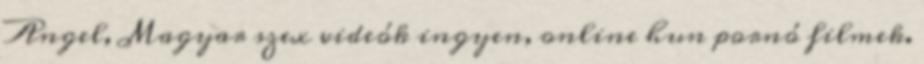
Angel, Magyar szex videók ingyen, online hun pornó filmek.